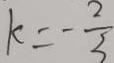
k = - \frac { 2 } { 3 }